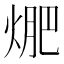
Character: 𭵁